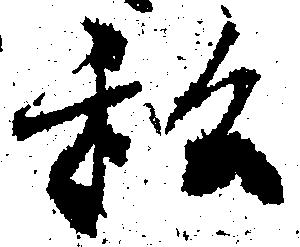
私